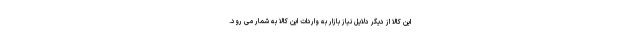
این کالا از دیگر دلایل نیاز بازار به واردات این کالا به شمار می رود.